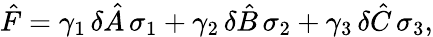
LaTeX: {\hat{F}}=\gamma_{1}\, \delta{\hat{A}}\, \sigma_{1}+\gamma_{2}\, \delta{\hat{B}}\, \sigma_{2}+\gamma_{3}\, \delta{\hat{C}}\, \sigma_{3},